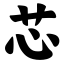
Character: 芯